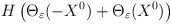
\begin{align*}H\left(\Theta_\varepsilon (-X^0) + \Theta_\varepsilon (X^0)\right)\end{align*}